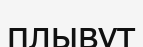
плывут